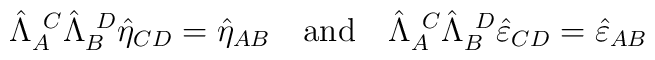
\hat\Lambda_A^{\ C}\hat\Lambda_B^{\ D}\hat\eta_{CD}=\hat\eta_{AB}\ \ \ \mbox{and}\ \ \ \hat\Lambda_A^{\ C}\hat\Lambda_B^{\ D}\hat\varepsilon_{CD}=                                  \hat\varepsilon_{AB}